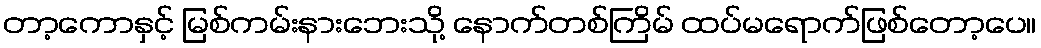
တာ့ကောနှင့် မြစ်ကမ်းနားဘေးသို့ နောက်တစ်ကြိမ် ထပ်မရောက်ဖြစ်တော့ပေ။